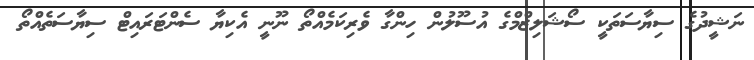
ނަޝީދުގެ ސިޔާސަތަކީ ސޯޝަލިޒްމްގެ އުސޫލުން ހިންގާ ވެރިކަމެއްތޯ ނޫނީ އެކިޔާ ސެންޓަރައިޓް ސިޔާސަތެއްތޯ